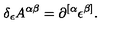
\delta _ { \epsilon } A ^ { \alpha \beta } = \partial ^ { [ \alpha } \epsilon ^ { \beta ] } .